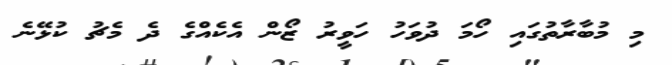
މި މުބާރާތުގައި ހޯމަ ދުވަހު ހަވީރު ޒޯން އެކެއްގެ ދެ މެޗު ކުޅޭނެ